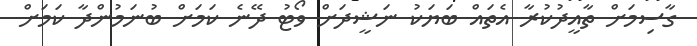
ގާސިމަށް ތާއީދުކުރާ އެތައް ބަޔަކު ނަޝީދަށް ވޯޓު ދޭނެ ކަމަށް ބުނަމުންދާ ކަމަށް